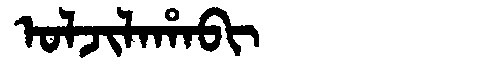
Manchu: ᠣᠯᠵᡳᠯᠠᡥᠠᠪᡳ
Romanization: OLJILAHABI